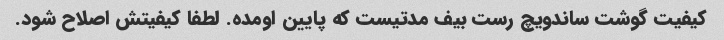
کیفیت گوشت ساندویچ رست بیف مدتیست که پایین اومده. لطفا کیفیتش اصلاح شود.